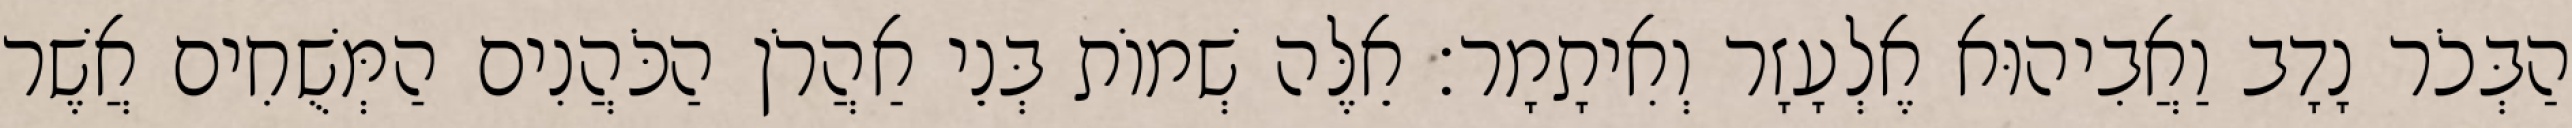
הַבְּכֹר נָדָב וַאֲבִיהוּא אֶלְעָזָר וְאִיתָמָר׃ אֵלֶּה שְׁמוֹת בְּנֵי אַהֲרֹן הַכֹּהֲנִים הַמְּשֻׁחִים אֲשֶׁר